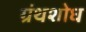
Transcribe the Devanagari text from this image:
ग्रंथशोध